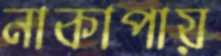
নাকাপায়